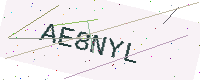
Text: AE8NYL